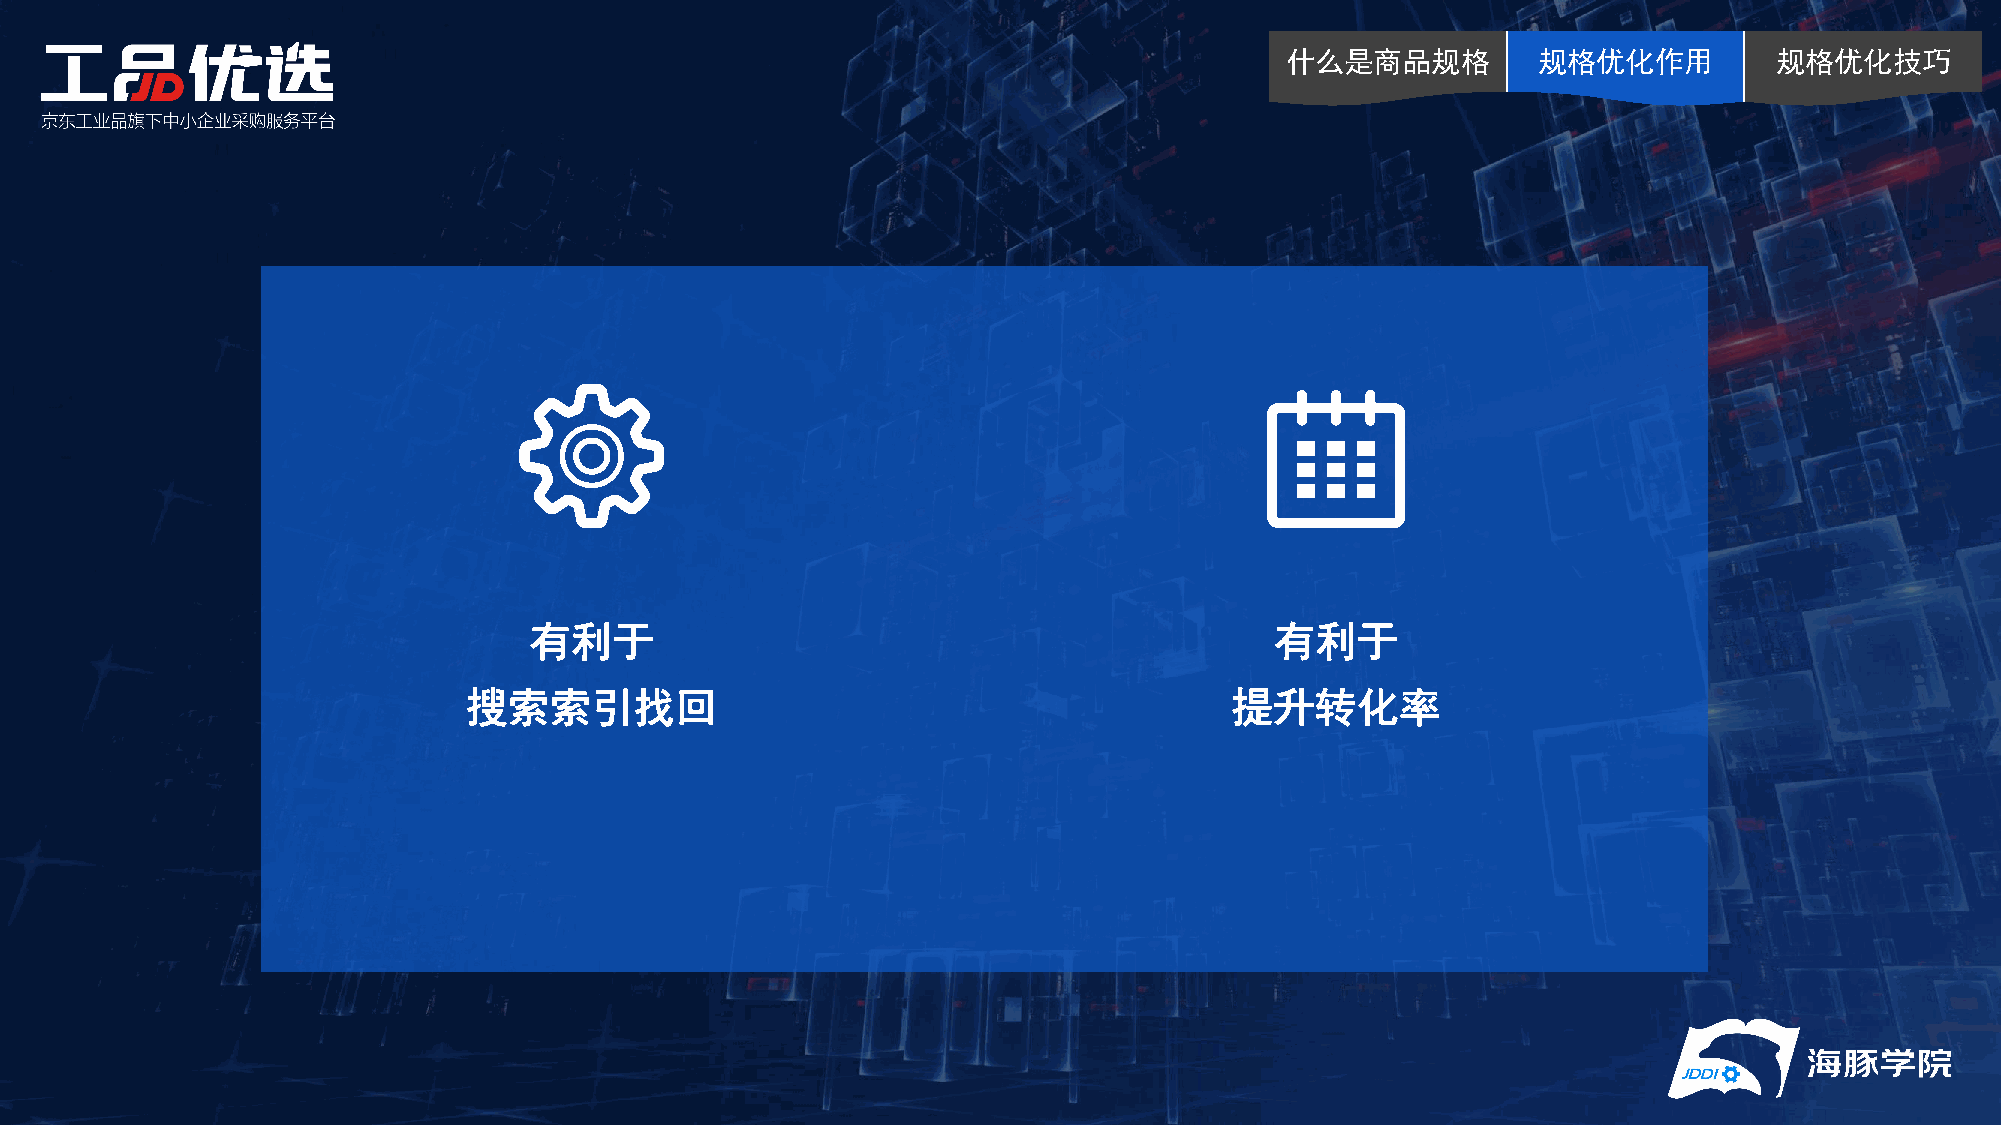
什么是商品规格          规格优化作用          规格优化技巧
 有利于                                              有利于
 搜索索引找回                                            提升转化率